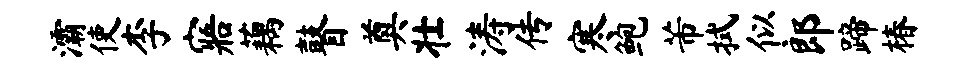
灞使李寤藕瞽奠壮涛传寒鲍芾拭似郎蹄椿